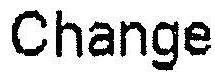
CHANGE